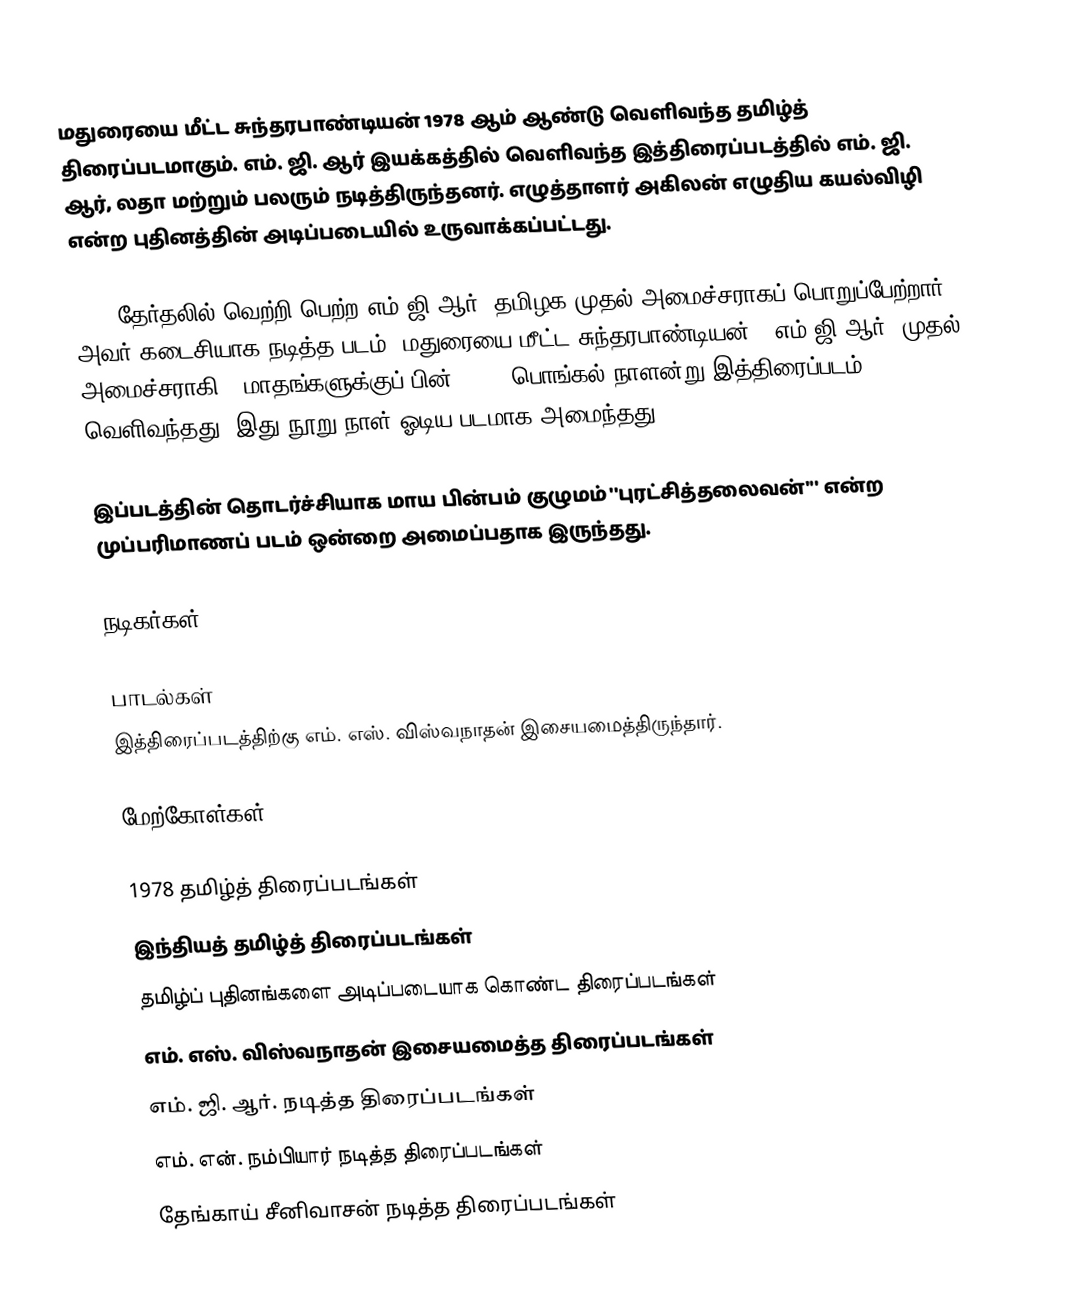
மதுரையை மீட்ட சுந்தரபாண்டியன் 1978 ஆம் ஆண்டு வெளிவந்த தமிழ்த் திரைப்படமாகும். எம். ஜி. ஆர் இயக்கத்தில் வெளிவந்த இத்திரைப்படத்தில் எம். ஜி. ஆர், லதா மற்றும் பலரும் நடித்திருந்தனர். எழுத்தாளர் அகிலன் எழுதிய கயல்விழி என்ற புதினத்தின் அடிப்படையில் உருவாக்கப்பட்டது.

1977 தேர்தலில் வெற்றி பெற்ற எம்.ஜி.ஆர், தமிழக முதல் அமைச்சராகப் பொறுப்பேற்றார். அவர் கடைசியாக நடித்த படம் "மதுரையை மீட்ட சுந்தரபாண்டியன்." எம்.ஜி.ஆர், முதல் அமைச்சராகி 6 மாதங்களுக்குப் பின், 1978 பொங்கல் நாளன்று இத்திரைப்படம் வெளிவந்தது. இது நூறு நாள் ஓடிய படமாக அமைந்தது.

இப்படத்தின் தொடர்ச்சியாக மாய பின்பம் குழுமம் ''புரட்சித்தலைவன்''' என்ற முப்பரிமாணப் படம் ஒன்றை அமைப்பதாக இருந்தது.

நடிகர்கள்

பாடல்கள்
இத்திரைப்படத்திற்கு எம். எஸ். விஸ்வநாதன் இசையமைத்திருந்தார்.

மேற்கோள்கள்

1978 தமிழ்த் திரைப்படங்கள்
இந்தியத் தமிழ்த் திரைப்படங்கள்
தமிழ்ப் புதினங்களை அடிப்படையாக கொண்ட திரைப்படங்கள்
எம். எஸ். விஸ்வநாதன் இசையமைத்த திரைப்படங்கள்
எம். ஜி. ஆர். நடித்த திரைப்படங்கள்
எம். என். நம்பியார் நடித்த திரைப்படங்கள்
தேங்காய் சீனிவாசன் நடித்த திரைப்படங்கள்